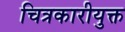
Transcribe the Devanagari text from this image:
चित्रकारीयुक्त